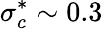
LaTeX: \sigma_{c}^{*}\sim 0.3